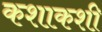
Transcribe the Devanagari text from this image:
कशाकशी